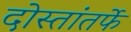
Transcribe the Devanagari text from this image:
दोस्तांतर्फे